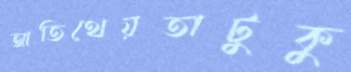
আতিথেয়তাটুকু